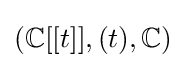
(\mathbb {C} [[t]],(t),\mathbb {C} )